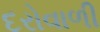
દરોવાળી